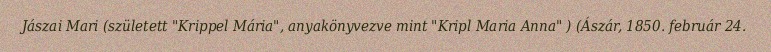
Jászai Mari (született "Krippel Mária", anyakönyvezve mint "Kripl Maria Anna" ) (Ászár, 1850. február 24.